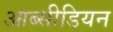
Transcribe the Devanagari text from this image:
आब्सीडियन